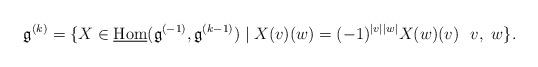
LaTeX: \begin{align*}\mathfrak{g}^{(k)} = \{X\in \underline{\mathrm{Hom}}(\mathfrak{g}^{(-1)}, \mathfrak{g}^{(k-1)})\mid X(v)(w) = (-1)^{|v||w|} X(w)(v)\ \ v,\ w\}.\end{align*}